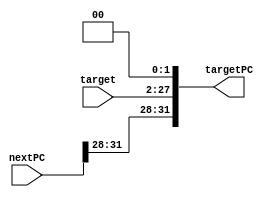
module TargetPC(nextPC, target, targetPC);
	input [31:0] nextPC;
	input [25:0] target;
	output reg [31:0] targetPC;
	
	always@(*)
		begin
		targetPC = {nextPC[31:28], target, 2'b00};
		//$display("targetPC = %x", targetPC);
		end
endmodule